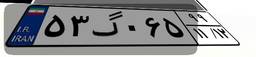
۵۳گ۰۶۵۹۹